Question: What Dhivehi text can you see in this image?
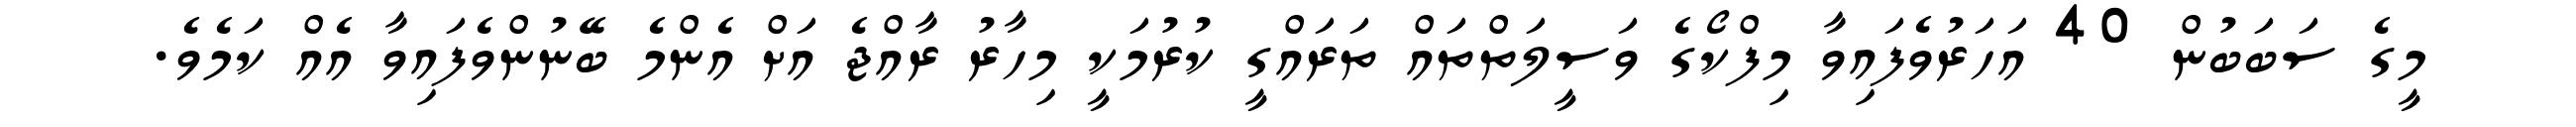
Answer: މީގެ ސަބަބުން 40 އަހަރުވެފައިވާ މިފްކޯގެ ވަސީލަތްތައް ތަރައްގީ ކުރުމަކީ މިހާރު ރާއްޖެ އަށް އެންމެ ބޭނުންވެފައިވާ އެއް ކަމެވެ.